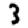
Digit: 3